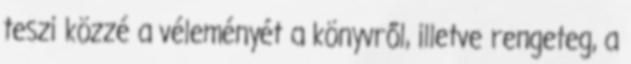
teszi közzé a véleményét a könyvről, illetve rengeteg, a